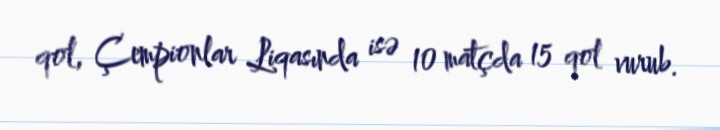
qol, Çempionlar Liqasında isə 10 matçda 15 qol vurub.